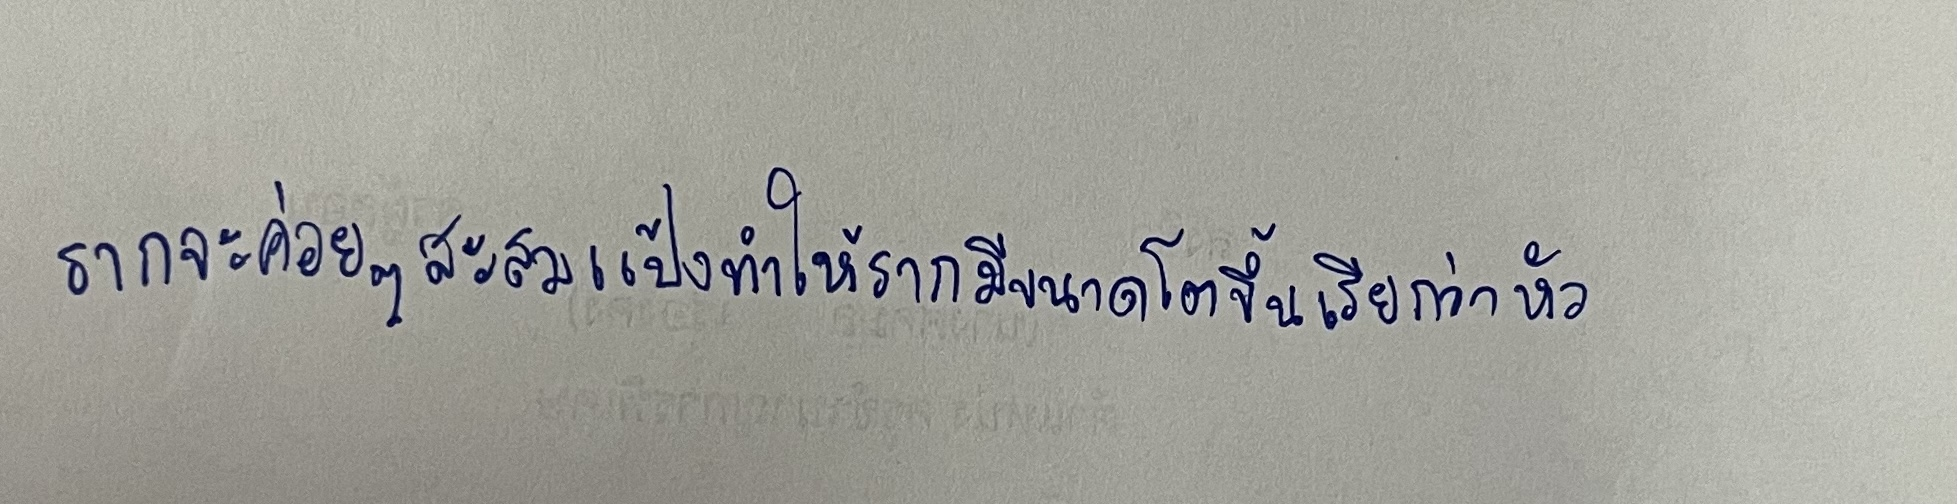
รากจะค่อยๆสะสมแป้งทำให้รากมีขนาดโตขึ้นเรียกว่าหัว